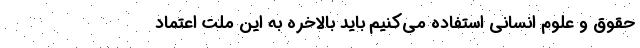
حقوق و علوم انسانی استفاده می‌کنیم باید بالاخره به این ملت اعتماد